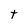
Character: t